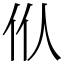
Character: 㐺